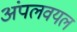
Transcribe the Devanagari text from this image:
अंपलवयल